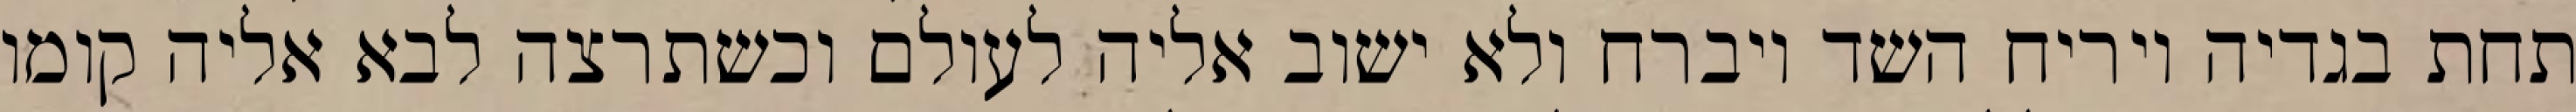
תחת בגדיה ויריח השד ויברח ולא ישוב אליה לעולם וכשתרצה לבא אליה קומו